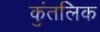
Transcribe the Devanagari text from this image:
कुंतलिक